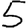
Digit: 5